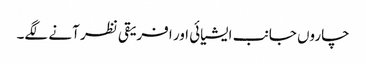
چاروں جانب ایشیائی اور افریقی نظر آنے لگے۔